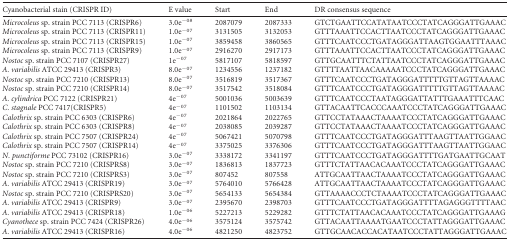
<table><thead><tr><td><b>Cyanobacterial stain (CRISPR ID)</b></td><td><b>E value</b></td><td><b>Start</b></td><td><b>End</b></td><td><b>DR consensus sequence</b></td></tr></thead><tbody><tr><td><i>Microcoleus</i> sp. strain PCC 7113 (CRISPR6)</td><td>3.0e<sup>−08</sup></td><td>2087079</td><td>2087333</td><td>GTCTGAATTCCATATAATCCCTATCAGGGATTGAAAC</td></tr><tr><td><i>Microcoleus</i> sp. strain PCC 7113 (CRISPR11)</td><td>1.0e<sup>−07</sup></td><td>3131505</td><td>3132053</td><td>GTTTAAATTCCACTTAATCCCTATCAGGGATTGAAAC</td></tr><tr><td><i>Microcoleus</i> sp. strain PCC 7113 (CRISPR15)</td><td>1.0e<sup>−07</sup></td><td>3859458</td><td>3860565</td><td>GTTTCAATCCCTGATAGGGATTAAGTGGAATTTAAAC</td></tr><tr><td><i>Microcoleus</i> sp. strain PCC 7113 (CRISPR9)</td><td>1.0e<sup>−07</sup></td><td>2916270</td><td>2917173</td><td>GTTTAAATTCCACTTAATCCCTATCAGGGATTGAAAC</td></tr><tr><td><i>Nostoc</i> sp. strain PCC 7107 (CRISPR27)</td><td>1e<sup>−07</sup></td><td>5817107</td><td>5818597</td><td>GTTGCAATTTCTATTAATCCCTATCAGGGATTGAAAC</td></tr><tr><td><i>A. variabilis</i> ATCC 29413 (CRISPR3)</td><td>8.0e<sup>−07</sup></td><td>1234556</td><td>1237182</td><td>GTTTTAATTAACAAAAATCCCTATCAGGGATTGAAAC</td></tr><tr><td><i>Nostoc</i> sp. strain PCC 7210 (CRISPR13)</td><td>8.0e<sup>−07</sup></td><td>3516819</td><td>3517367</td><td>GTTTCAATCCCTGATAGGGATTTTTGTTAGTTAAAAC</td></tr><tr><td><i>Nostoc</i> sp. strain PCC 7210 (CRISPR14)</td><td>8.0e<sup>−07</sup></td><td>3517542</td><td>3518084</td><td>GTTTCAATCCCTGATAGGGATTTTTGTTAGTTAAAAC</td></tr><tr><td><i>A. cylindrica</i> PCC 7122 (CRISPR21)</td><td>4e<sup>−07</sup></td><td>5001036</td><td>5003639</td><td>GTTTCAATCCCTAATAGGGATTATTTGAAATTTCAAC</td></tr><tr><td><i>C. stagnale</i> PCC 7417(CRISPR5)</td><td>4e<sup>−07</sup></td><td>1101502</td><td>1103134</td><td>GTTACAATTCACCCAAATCCCTATCAGGGATTGAAAC</td></tr><tr><td><i>Calothrix</i> sp. strain PCC 6303 (CRISPR6)</td><td>4e<sup>−07</sup></td><td>2021864</td><td>2022765</td><td>GTTCCTATAAACTAAAATCCCTATCAGGGATTGAAAC</td></tr><tr><td><i>Calothrix</i> sp. strain PCC 6303 (CRISPR8)</td><td>4e<sup>−07</sup></td><td>2038085</td><td>2039287</td><td>GTTCCTATAAACTAAAATCCCTATCAGGGATTGAAAC</td></tr><tr><td><i>Calothrix</i> sp. strain PCC 7507 (CRISPR24)</td><td>4e<sup>−07</sup></td><td>5067421</td><td>5070798</td><td>GTTTCAATCCCTGATAGGGATTTAAGTTAATTGGAAC</td></tr><tr><td><i>Calothrix</i> sp. strain PCC 7507 (CRISPR14)</td><td>4e<sup>−07</sup></td><td>3375025</td><td>3376306</td><td>GTTTCAATCCCTGATAGGGATTTAAGTTAATTGGAAC</td></tr><tr><td><i>N. punctiforme</i> PCC 73102 (CRISPR16)</td><td>3.0e<sup>−07</sup></td><td>3338172</td><td>3341197</td><td>GTTTCAATCCCTGATAGGGATTTTGATGAATTGCAAT</td></tr><tr><td><i>Nostoc</i> sp. strain PCC 7210 (CRISPRS8)</td><td>3.0e<sup>−07</sup></td><td>1836813</td><td>1837723</td><td>GTTTCTATTAACACAAATCCCTATCAGGGATTGAAAC</td></tr><tr><td><i>Nostoc</i> sp. strain PCC 7210 (CRISPRS3)</td><td>3.0e<sup>−07</sup></td><td>807452</td><td>807558</td><td>ATTGCAATTAACTAAAATCCCTATCAGGGATTGAAAC</td></tr><tr><td><i>A. variabilis</i> ATCC 29413 (CRISPR19)</td><td>3.0e<sup>−07</sup></td><td>5764010</td><td>5766428</td><td>ATTGCAATTAACTAAAATCCCTATCAGGGATTGAAAC</td></tr><tr><td><i>Nostoc</i> sp. strain PCC 7210 (CRISPRS20)</td><td>3.0e<sup>−07</sup></td><td>5654133</td><td>5654384</td><td>GTTAAAACCCTCTAAAATCCCTATCAGGGATTGAAAC</td></tr><tr><td><i>A. variabilis</i> ATCC 29413 (CRISPR9)</td><td>3.0e<sup>−07</sup></td><td>2395670</td><td>2398703</td><td>GTTTCAATCCCTGATAGGGATTTTAGAGGGTTTTAAC</td></tr><tr><td><i>A. variabilis</i> ATCC 29413 (CRISPR18)</td><td>1.0e<sup>−06</sup></td><td>5227213</td><td>5229282</td><td>GTTTCTATTAACACAAATCCCTATCAGGGATTGAAAG</td></tr><tr><td><i>Cyanothece</i> sp. strain PCC 7424 (CRISPR26)</td><td>4.0e<sup>−06</sup></td><td>3575124</td><td>3575742</td><td>GTTACAATTAAAATGAATCCCTATTAGGGATTGAAAC</td></tr><tr><td><i>A. variabilis</i> ATCC 29413 (CRISPR16)</td><td>4.0e<sup>−06</sup></td><td>4821250</td><td>4823752</td><td>GTTGCAACACCACATAATCCCTATTAGGGATTGAAAC</td></tr></tbody></table>